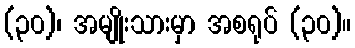
(၃၀)၊ အမျိုးသားမှာ အစရုပ် (၃၀)။